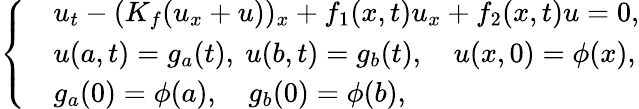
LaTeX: \left\{ \begin{array}{rl}&{u_{t}-(K_{f}(u_{x}+u))_{x}+f_{1}(x,t)u_{x}+f_{2}(x,t)u=0,}\\ &{u(a,t)=g_{a}(t),\ u(b,t)=g_{b}(t),\quad u(x,0)=\phi(x),}\\ &{g_{a}(0)=\phi(a),\quad g_{b}(0)=\phi(b),}\end{array}\right.